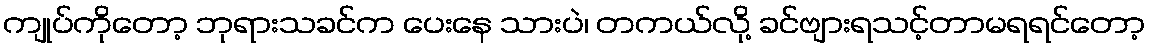
ကျုပ်ကိုတော့ ဘုရားသခင်က ပေးနေ သားပဲ၊ တကယ်လို့ ခင်ဗျားရသင့်တာမရရင်တော့